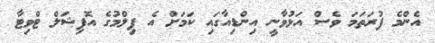
އެންމެ ފުރަތަމަ ވެސް އަޅުވާނީ އިންޑިއާގައި ކަމަށް އެ ފިލްމުގެ އޮފިޝަލް ޓްވިޓާ